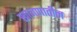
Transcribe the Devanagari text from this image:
खाजणातील